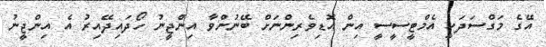
އޭގެ މަގްސަދަކީ އެމްޓީސީސީ އިން އޮޑިވެރިންނަށް ބޭނުންވާ އިންޖީނު ހޯދައިދޭއިރު އެ އިންޖީނު